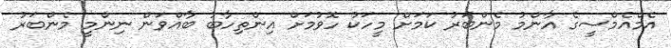
އެމްއެމްސީގެ އާންމު މެންބަރު ކަމަށް މީހަކު ހޮވުމަށް އިންތިހާބު ބާއްވަން ނިންމީ މެންބަރު